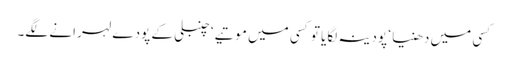
کسی میں دھنیا ‘ پودینہ لگایا تو کسی میں موتیے ‘ چنبلی کے پودے لہرانے لگے۔